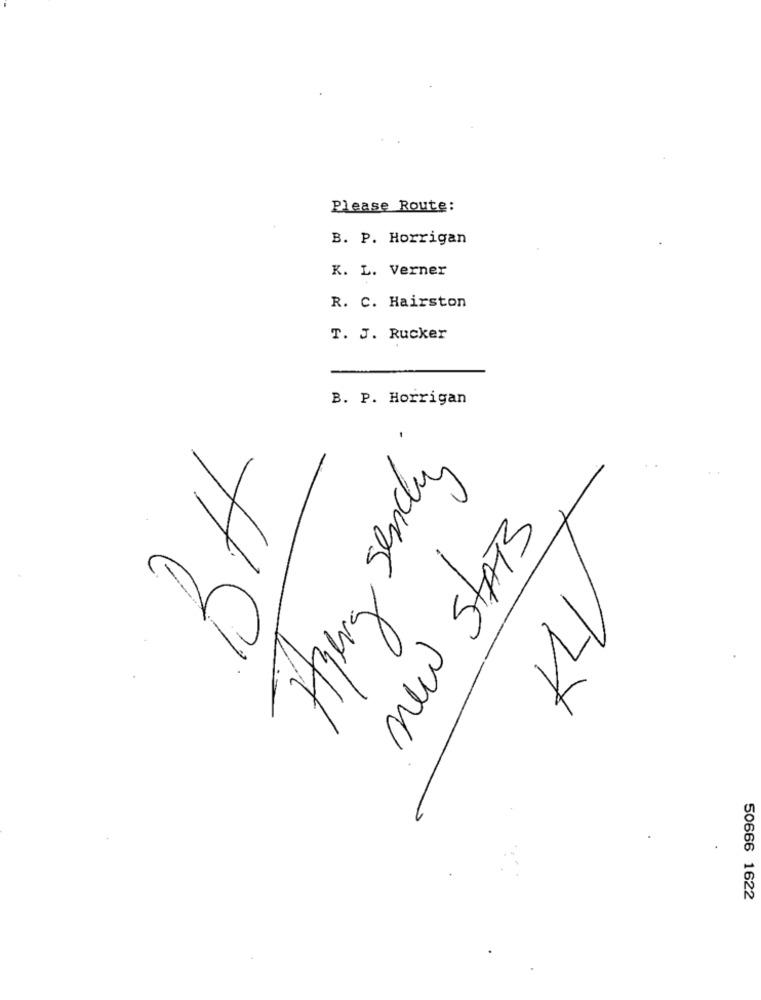
Please Route:
B. P. Horrigan
K. L. Verner
R. C. Hairston
T. J. Rucker
B. P. Horrigan
Hierg Senchy
BH
new STATS
KLI
50666 1622